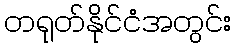
တရုတ်နိုင်ငံအတွင်း